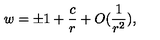
w = \pm 1 + \frac { c } { r } + O ( \frac { 1 } { r ^ { 2 } } ) ,